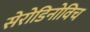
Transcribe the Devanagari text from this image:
सेरोडिनोविच